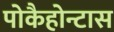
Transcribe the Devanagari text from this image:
पोकैहोन्टास